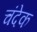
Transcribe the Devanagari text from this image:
चंदेक